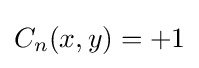
C_{n}(x,y)=+1